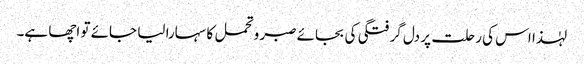
لہٰذا اس کی رحلت پر دل گرفتگی کی بجائے صبر و تحمل کا سہارا لیا جائے تو اچھا ہے۔